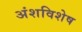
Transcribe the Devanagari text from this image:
अंशविशेष